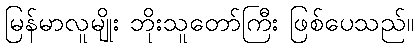
မြန်မာလူမျိုး ဘိုးသူတော်ကြီး ဖြစ်ပေသည်။